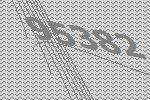
95382